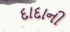
દાદાની